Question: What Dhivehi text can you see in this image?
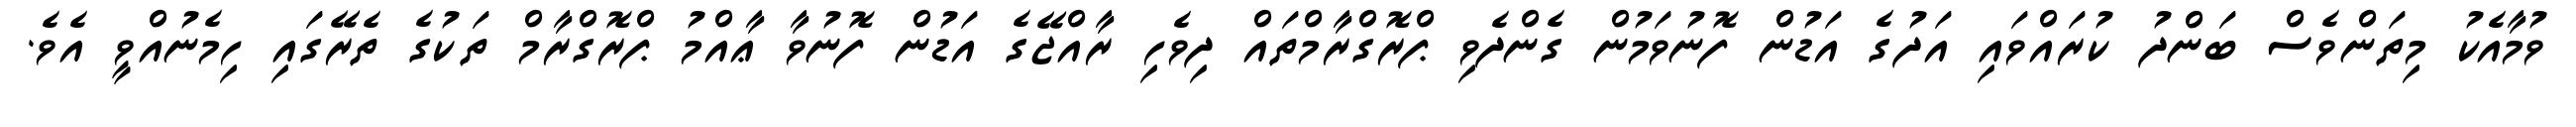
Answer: ވުމާއެކު މިތަންވެސް ބަންދު ކުރައްވައި އަދުގެ އަޑުން ފޮނުވަމުން ގެންދެވި ޕްރޮގްރާމްތައް ދިވެހި ރާއްޖޭގެ އަޑުން ފޮނުވާ ޢާއްމު ޕްރޮގްރާމް ތަކުގެ ތެރޭގައި ހިމެނުއްވީ އެވެ.